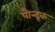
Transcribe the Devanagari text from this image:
पौन्द्रक